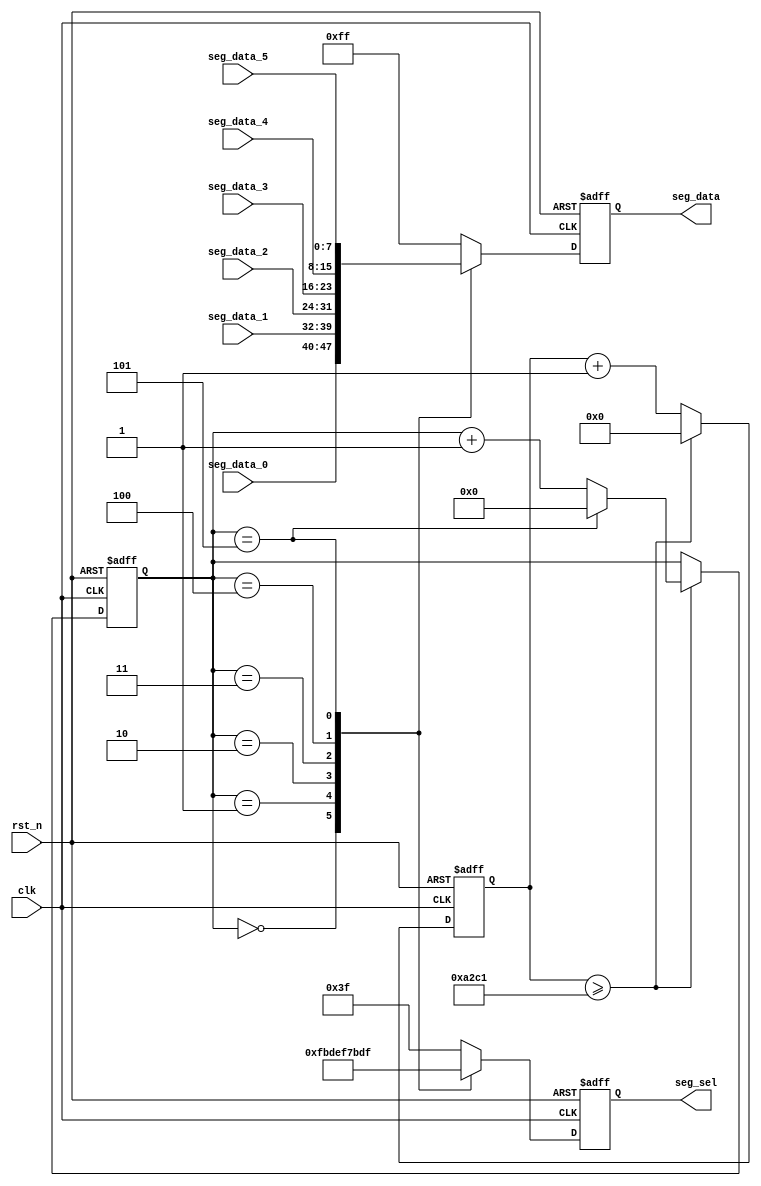
module seg_scan
(
	input           clk,
	input           rst_n,
	output reg[5:0] seg_sel,      //pin
	output reg[7:0] seg_data,     //
	input[7:0]      seg_data_0,
	input[7:0]      seg_data_1,
	input[7:0]      seg_data_2,
	input[7:0]      seg_data_3,
	input[7:0]      seg_data_4,
	input[7:0]      seg_data_5
);
parameter SCAN_FREQ = 200;//
parameter CLK_FREQ = 50000000; //

parameter SCAN_COUNT = CLK_FREQ /(SCAN_FREQ * 6) - 1;//

reg[31:0] scan_timer;//
reg[3:0] scan_sel;//
//1.2.
always@(posedge clk or negedge rst_n)
begin
//
	if(rst_n == 1'b0)
	begin
		scan_timer <= 32'd0;
		scan_sel <= 4'd0;
	end
//>
	else if(scan_timer >= SCAN_COUNT)
	begin
		scan_timer <= 32'd0;
		if(scan_sel == 4'd5)
			scan_sel <= 4'd0;
		else
			scan_sel <= scan_sel + 4'd1;
	end
//
	else
		begin
			scan_timer <= scan_timer + 32'd1;
		end
end
//
always@(posedge clk or negedge rst_n)
begin
//
	if(rst_n == 1'b0)
	begin
		seg_sel <= 6'b111111;
		seg_data <= 8'hff;
	end
//data
	else
	begin
		case(scan_sel)
			4'd0:
			begin
				seg_sel <= 6'b11_1110;
				seg_data <= seg_data_0;
			end
			4'd1:
			begin
				seg_sel <= 6'b11_1101;
				seg_data <= seg_data_1;
			end
			4'd2:
			begin
				seg_sel <= 6'b11_1011;
				seg_data <= seg_data_2;
			end
			4'd3:
			begin
				seg_sel <= 6'b11_0111;
				seg_data <= seg_data_3;
			end
			4'd4:
			begin
				seg_sel <= 6'b10_1111;
				seg_data <= seg_data_4;
			end
			4'd5:
			begin
				seg_sel <= 6'b01_1111;
				seg_data <= seg_data_5;
			end
			default:
			begin
				seg_sel <= 6'b11_1111;
				seg_data <= 8'hff;
			end
		endcase
	end
end

endmodule